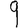
Digit: 9